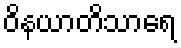
ဝိနယာတိသာရေ